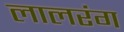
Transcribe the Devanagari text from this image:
लालरंग